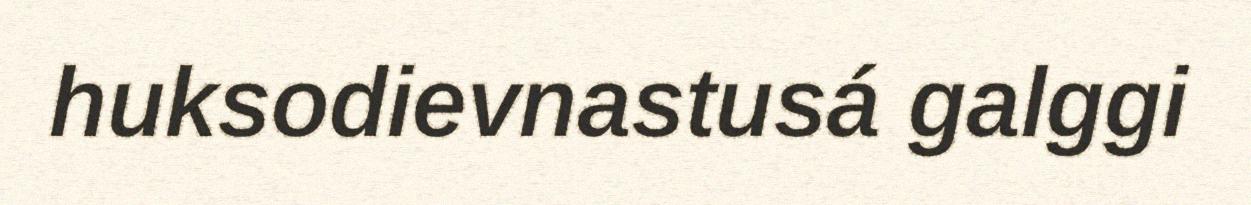
huksodievnastusá galggi